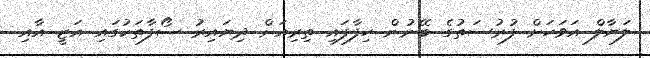
ލަޔާލް އަވަހަށް ފުރުސަތުގެ ބޭނުން ހިފާފައި ތިރިއަށް ދިޔައިރު ސޯފާތަކުގައި އަޒީ އާއި